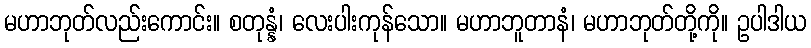
မဟာဘုတ်လည်းကောင်း။ စတုန္နံ၊ လေးပါးကုန်သော။ မဟာဘူတာနံ၊ မဟာဘုတ်တို့ကို။ ဥပါဒါယ